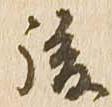
後